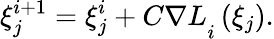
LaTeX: {\xi_{j}^{i+1}=\xi_{j}^{i}+C\nabla L}_{i}\left(\xi_{j}\right).